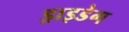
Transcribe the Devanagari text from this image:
ड्राइडेग